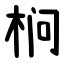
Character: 㭣